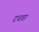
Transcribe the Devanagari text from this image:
दधवा